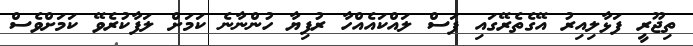
ތިޖޫރީ ފަޅާލިއިރު އޭގެތެރޭގައި ފަސް ލައްކައެއްހާ ރުފިޔާ ހުންނާނެ ކަމަށް ލަފާކުރެވޭ ކަމަށްވެސް